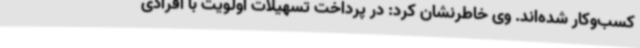
کسب‌وکار شده‌اند. وی خاطرنشان کرد: در پرداخت تسهیلات اولویت با افرادی